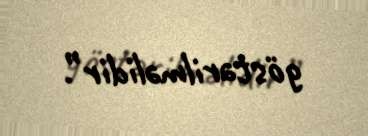
göstərilməlidir”.